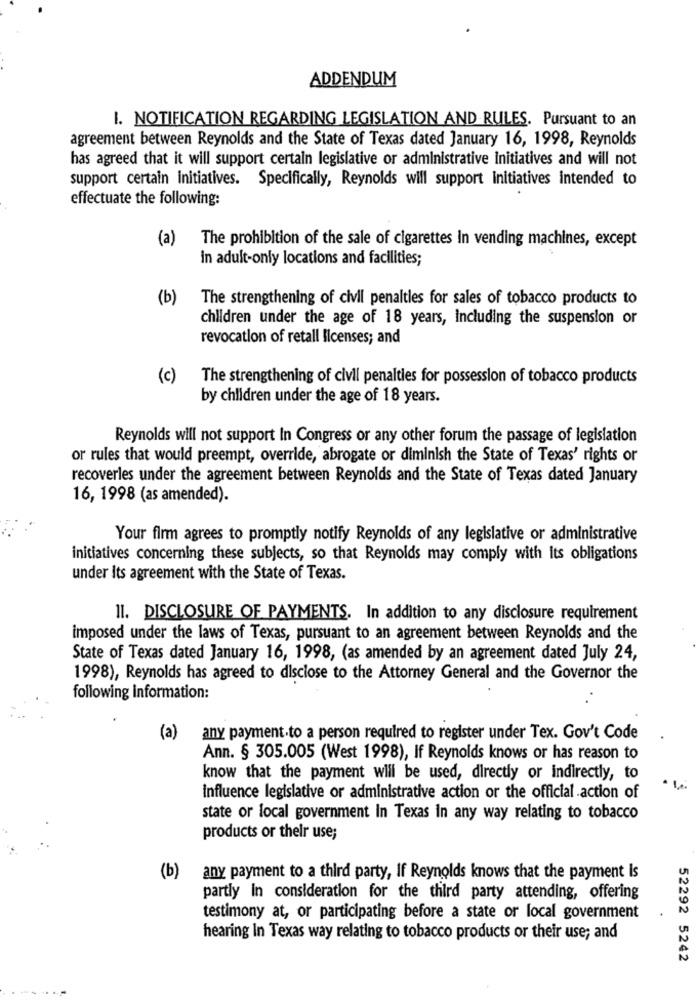
ADDENDUM
I. NOTIFICATION REGARDING LEGISLATION AND RULES. Pursuant to an
agreement between Reynolds and the State of Texas dated January 16, 1998, Reynolds
has agreed that it will support certain legislative or administrative Initiatives and will not
support certain initiatives. Specifically, Reynolds will support initiatives intended to
effectuate the following:
(a)
The prohibition of the sale of cigarettes In vending machines, except
in adult-only locations and facilities;
(b)
The strengthening of civil penalties for sales of tobacco products to
children under the age of 18 years, including the suspension or
revocation of retall licenses; and
(c)
The strengthening of civil penalties for possession of tobacco products
by children under the age of 18 years.
Reynolds will not support In Congress or any other forum the passage of legislation
or rules that would preempt, override, abrogate or diminish the State of Texas' rights or
recoverles under the agreement between Reynolds and the State of Texas dated January
16, 1998 (as amended).
Your firm agrees to promptly notify Reynolds of any legislative or administrative
initiatives concerning these subjects, so that Reynolds may comply with its obligations
under its agreement with the State of Texas.
II. DISCLOSURE OF PAYMENTS. In addition to any disclosure requirement
imposed under the laws of Texas, pursuant to an agreement between Reynolds and the
State of Texas dated January 16, 1998, (as amended by an agreement dated July 24,
1998), Reynolds has agreed to disclose to the Attorney General and the Governor the
following information:
(a)
any payment.to a person required to register under Tex. Gov't Code
Ann. § 305.005 (West 1998), If Reynolds knows or has reason to
know that the payment will be used, directly or indirectly, to
influence legislative or administrative action or the official action of
state or local government In Texas in any way relating to tobacco
products or their use;
(b)
any payment to a third party, If Reynolds knows that the payment Is
partly in consideration for the third party attending, offering
testimony at, or participating before a state or local government
hearing In Texas way relating to tobacco products or their use; and
52292 5242